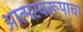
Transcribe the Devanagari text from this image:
आत्मस्वरूपाचा